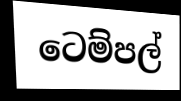
ටෙම්පල්